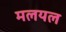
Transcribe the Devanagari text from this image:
मलयल